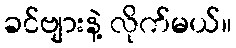
ခင်ဗျားနဲ့ လိုက်မယ်။